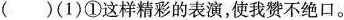
( )(1)①这样精彩的表演，使我赞不绝口。